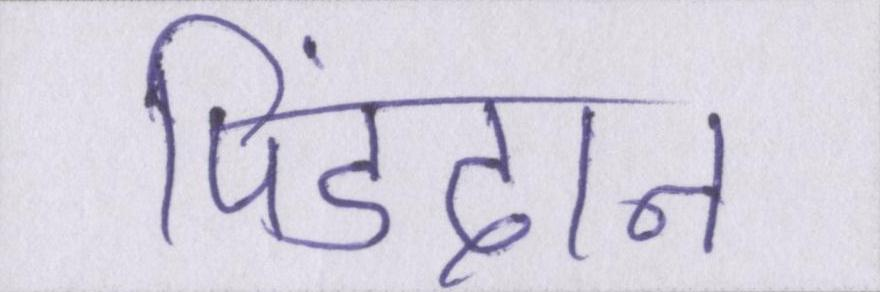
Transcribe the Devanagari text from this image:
पिंडदान